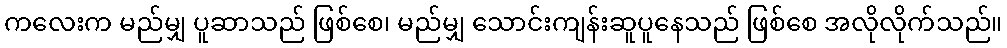
ကလေးက မည်မျှ ပူဆာသည် ဖြစ်စေ၊ မည်မျှ သောင်းကျန်းဆူပူနေသည် ဖြစ်စေ အလိုလိုက်သည်။